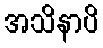
အသိနာပိ